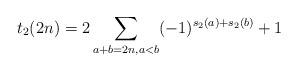
LaTeX: \begin{align*}t_{2}(2n)=2\sum_{a+b=2n, a<b}(-1)^{s_{2}(a)+s_{2}(b)}+1\end{align*}